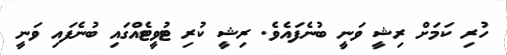
ހުރި ކަމަށް ރިޝީ ވަނީ ބުނެފައެވެ. ރިޝީ ކުރި ޓުވީޓެއްގައި ބުނެފައި ވަނީ